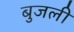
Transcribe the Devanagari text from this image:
बुजली